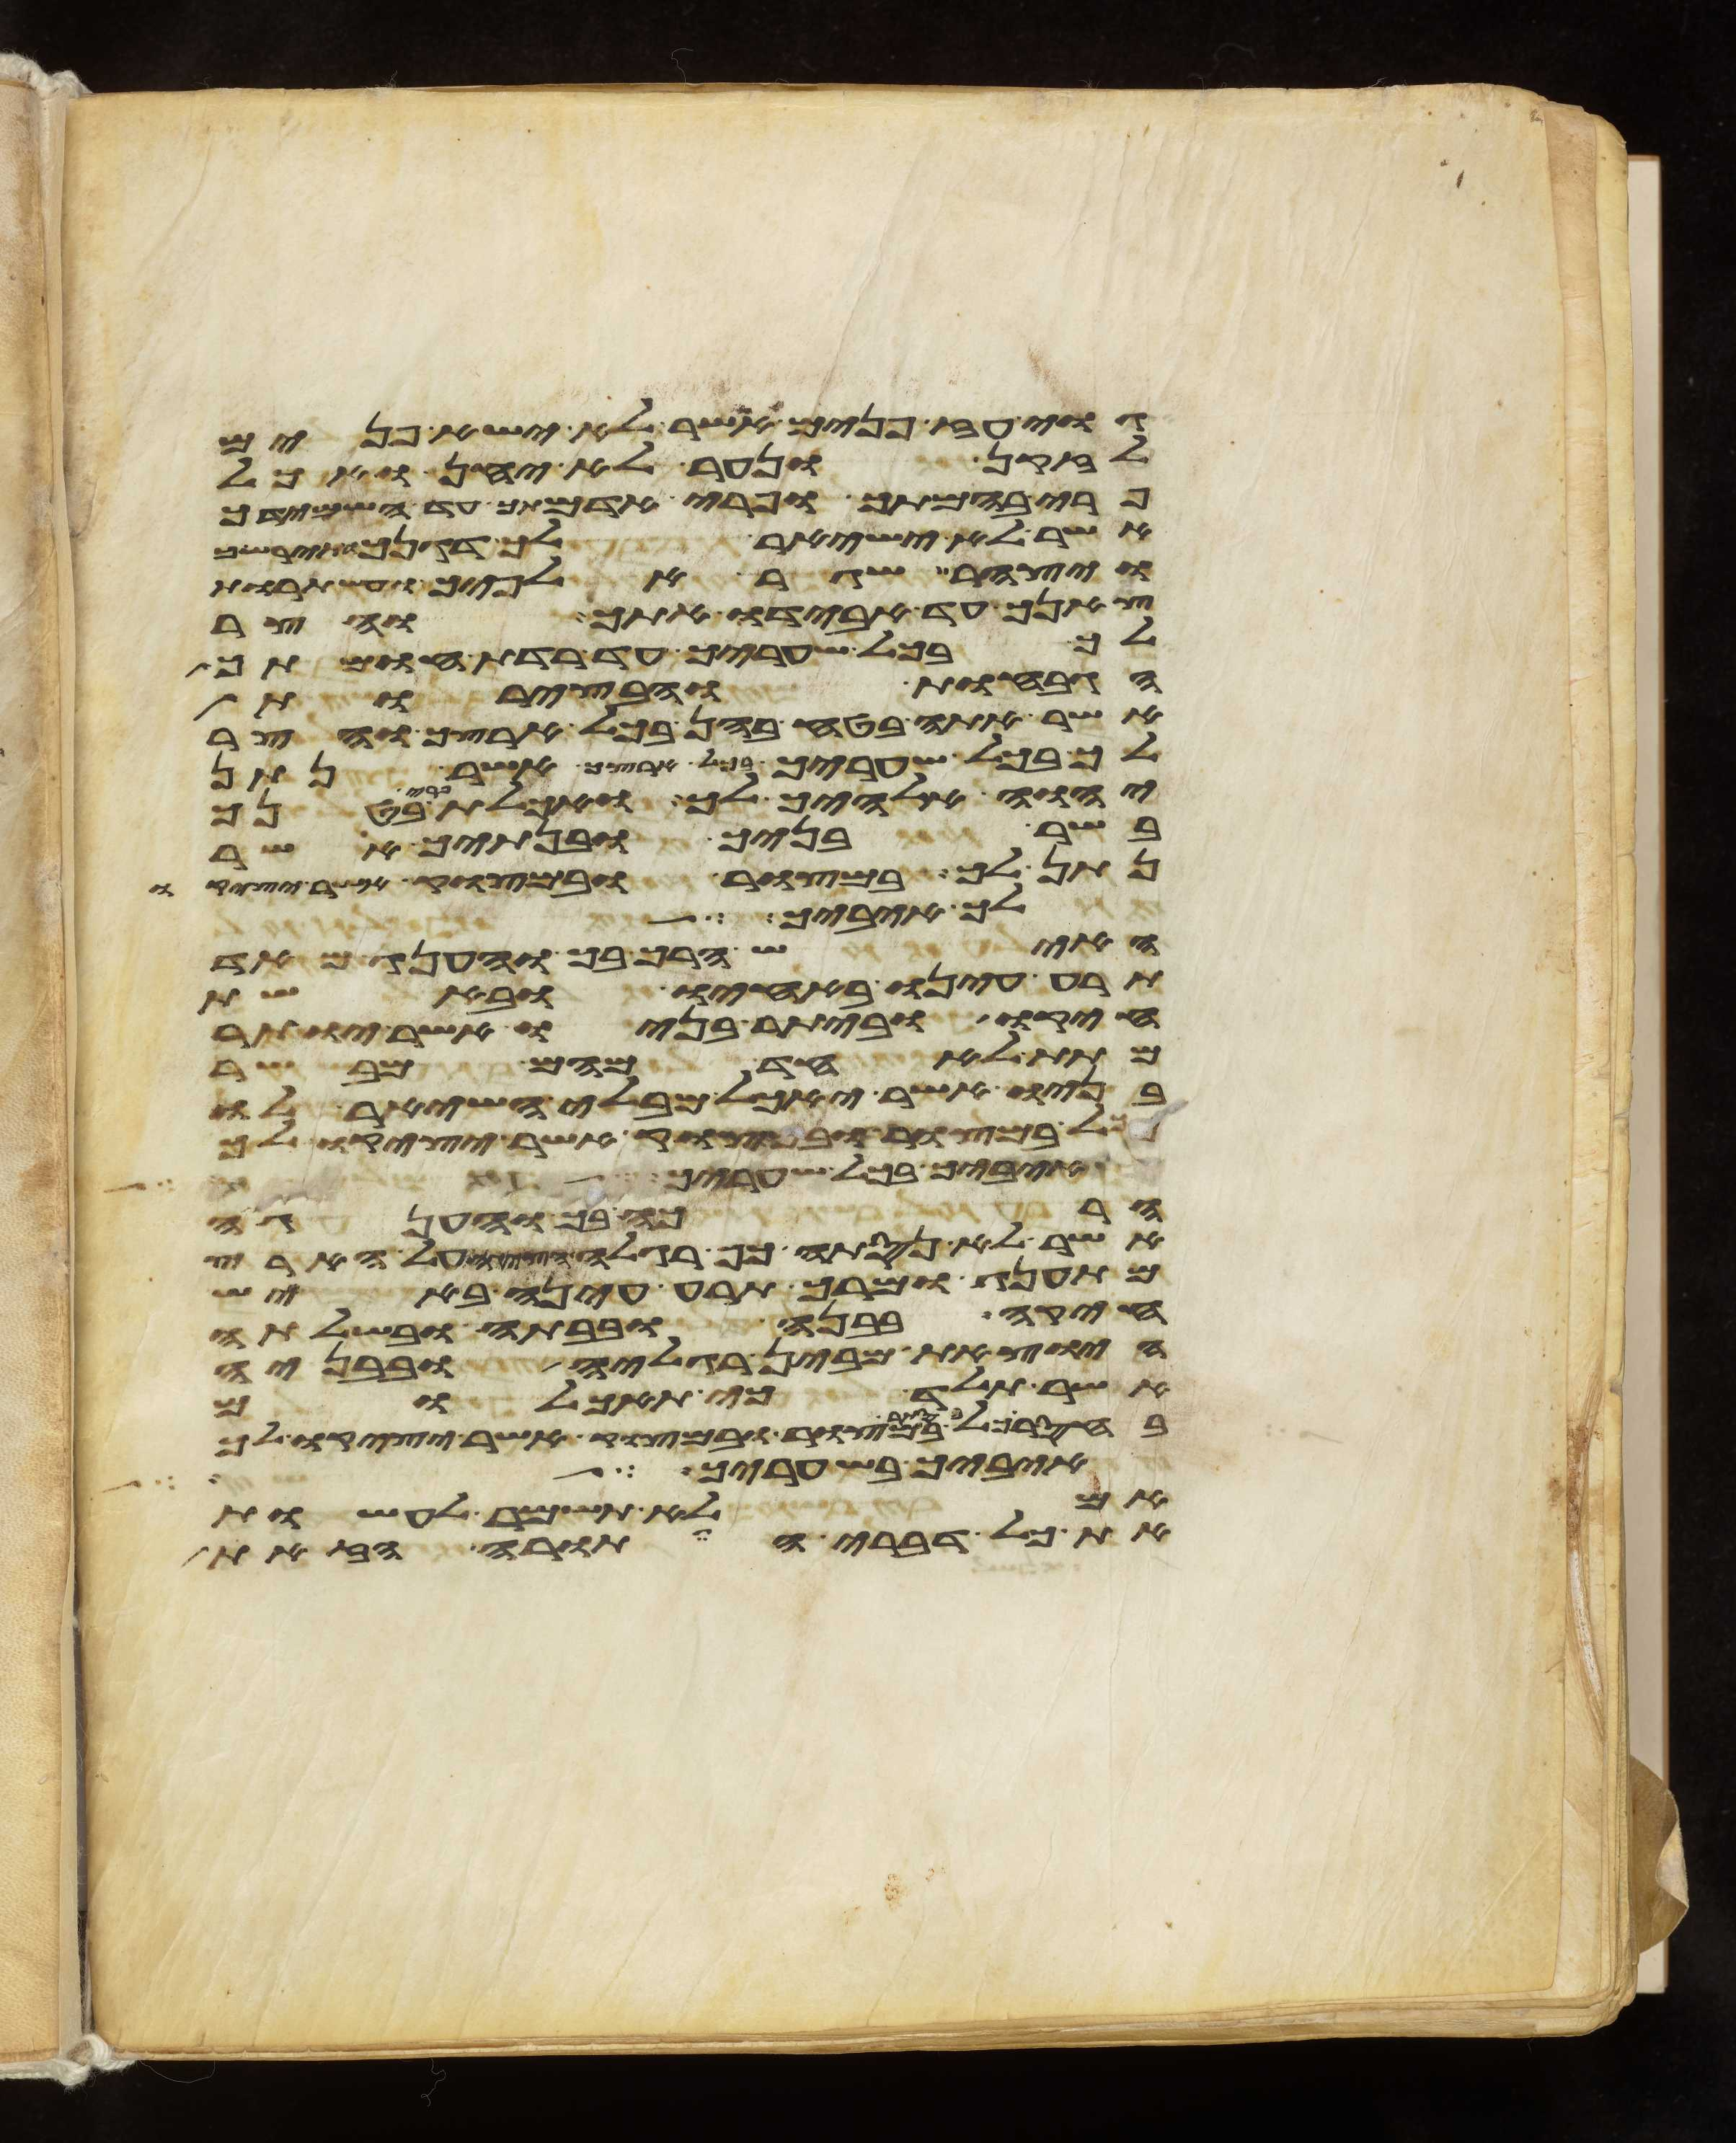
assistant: גוי עז פנים אשר לא ישא פנים
לזקן ונער לא יחן ואכל
פרי בהמתך ופרי אדמתך עד השמידך
אשר לא ישאיר לך דגן ותירש
ויצהר שגר אלפיך ועשתרות
צאנך עד אבידו אתך והצר
לך בכל שעריך עד רדת חומתך
הגבחות והבצרות
אשר אתה בטח בהן בכל ארצך והצר
לך בכל שעריך בכל ארצך אשר נתן
יהוה אלהיך לך ואכלת פרי בטנך
בשר בניך ובנתיך אשר
נתן לך במצור ובמצוק אשר יציק
לך איביך
האיש הרך בך והענג מאד
תרע עינו באחיו ובאשת
חיקו וביתר בניו אשר יותר
מתת לאחד מהם מבשר
בניו אשר יאכל מבלי השאיר לו
לך במצור ובמצוק אשר יציק לך
איביך בכל שעריך
הרכה בך והענגה
אשר לא נסתה כף רגלה הציגה על הארץ
מהתענג ומרך תרע עינה באיש
חיקה בבנה ובבתה ובשלתה
היצאת מבין רגליה ובבניה
אשר תלד כי תאכלם
בסתר במצור ובמצוק אשר יציקו לך
איביך בשעריך
לא תשמר לעשות
את כל דברי התורה הזאת